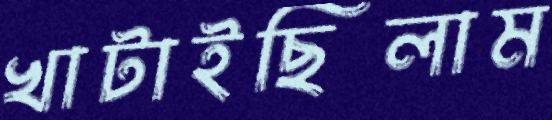
খাটাইছিলাম